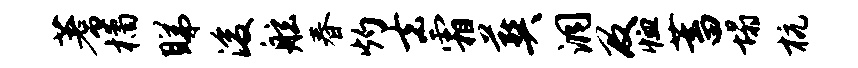
蓍橘睇浚舷春灼去霜葬洞及恤蓄塌杭